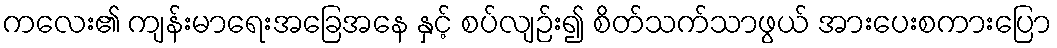
ကလေး၏ ကျန်းမာရေးအခြေအနေ နှင့် စပ်လျဉ်း၍ စိတ်သက်သာဖွယ် အားပေးစကားပြော